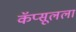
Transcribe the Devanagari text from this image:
कॅप्सूलला